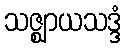
သဇ္ဈာယသဒ္ဒံ